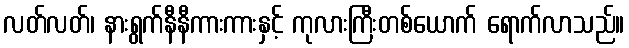
လတ်လတ်၊ နားရွက်နီနီကားကားနှင့် ကုလားကြီးတစ်ယောက် ရောက်လာသည်။